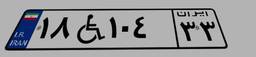
۱۸W۱۰۴۳۳